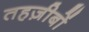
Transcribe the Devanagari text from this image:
तहज़ीबों